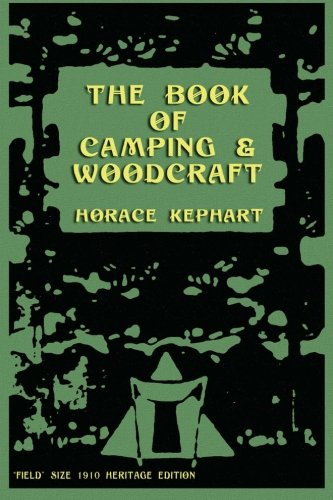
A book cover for The Book of Camping & Woodcraft: A Guidebook For Those Who Travel In The Wilderness; Horace Kephart; Sports & Outdoors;